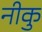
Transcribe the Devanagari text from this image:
नीकु